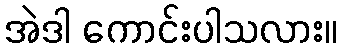
အဲဒါ ကောင်းပါသလား။